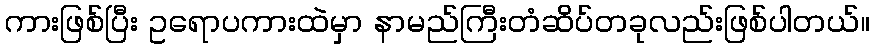
ကားဖြစ်ပြီး ဥရောပကားထဲမှာ နာမည်ကြီးတံဆိပ်တခုလည်းဖြစ်ပါတယ်။